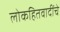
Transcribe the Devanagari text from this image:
लोकहितवादींचे